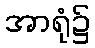
အာရုံ၌